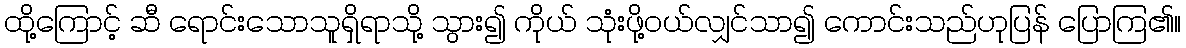
ထို့ကြောင့် ဆီ ရောင်းသောသူရှိရာသို့ သွား၍ ကိုယ် သုံးဖို့ဝယ်လျှင်သာ၍ ကောင်းသည်ဟုပြန် ပြောကြ၏။